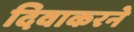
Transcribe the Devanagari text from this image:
दिवाकरने